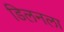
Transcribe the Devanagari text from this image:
डिलनला